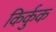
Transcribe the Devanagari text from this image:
किर्कुक